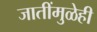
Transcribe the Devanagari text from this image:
जातींमुळेही